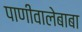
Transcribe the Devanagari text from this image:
पाणीवालेबाबा